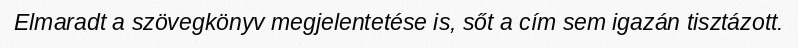
Elmaradt a szövegkönyv megjelentetése is, sőt a cím sem igazán tisztázott.